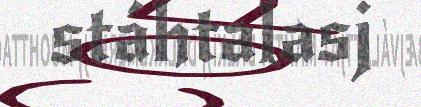
stáhtalasj